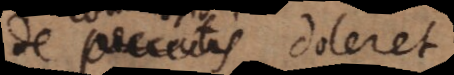
de peccatis doleret